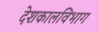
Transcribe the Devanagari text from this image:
देशकालविभाग